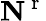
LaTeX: \textbf{N}^{\mathrm{~r~}}